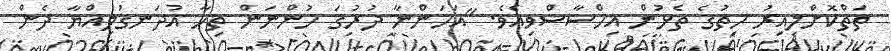
ތަތްކޮށްލިއިރު ހިތުގެ ތެޅުން އިހްސާސްވިއެވެ. "އަހަންނާ ދުރުގަ ހުންނަން ތިހާ އުދަނގުލިއްޔާ ދެން